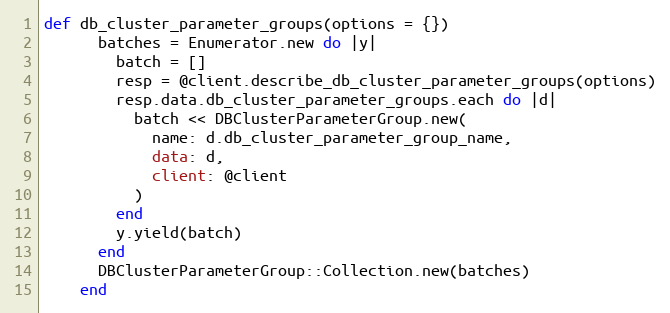
Language: Ruby
def db_cluster_parameter_groups(options = {})
      batches = Enumerator.new do |y|
        batch = []
        resp = @client.describe_db_cluster_parameter_groups(options)
        resp.data.db_cluster_parameter_groups.each do |d|
          batch << DBClusterParameterGroup.new(
            name: d.db_cluster_parameter_group_name,
            data: d,
            client: @client
          )
        end
        y.yield(batch)
      end
      DBClusterParameterGroup::Collection.new(batches)
    end